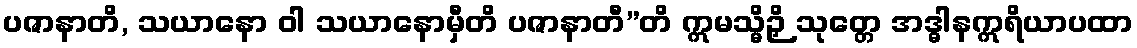
ပဇာနာတိ, သယာနော ဝါ သယာနောမှီတိ ပဇာနာတီ”တိ ဣမသ္မိဉှိ သုတ္တေ အဒ္ဓါနဣရိယာပထာ